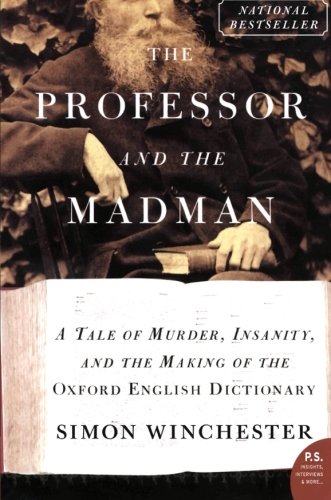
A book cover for The Professor and the Madman: A Tale of Murder, Insanity, and the Making of the Oxford English Dictionary; Simon Winchester; Literature & Fiction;